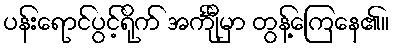
ပန်းရောင်ပွင့်ရိုက် အင်္ကျီမှာ တွန့်ကြေနေ၏။